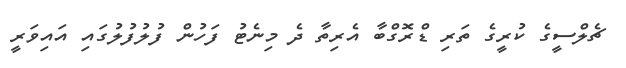
ޗެލްސީގެ ކުރީގެ ތަރި ޑްރޮގްބާ އެރިތާ ދެ މިނެޓު ފަހުން ފުލުފުލުގައި އައިވަރީ